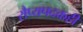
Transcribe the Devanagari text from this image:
रौप्यपदकही